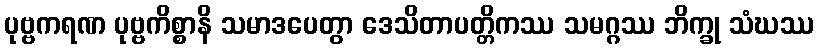
ပုဗ္ဗကရဏ ပုဗ္ဗကိစ္စာနိ သမာဒပေတွာ ဒေသိတာပတ္တိကဿ သမဂ္ဂဿ ဘိက္ခု သံဃဿ